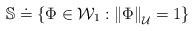
LaTeX: \begin{align*}\mathbb{S}\doteq \left\{ \Phi \in \mathcal{W}_{1}:\left\Vert \Phi\right\Vert _{\mathcal{U}}=1\right\} \end{align*}